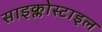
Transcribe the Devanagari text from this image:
साइक्लोस्टाइल